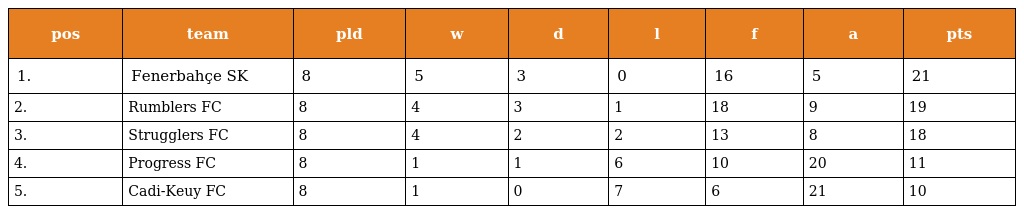
| pos | team | pld | w | d | l | f | a | pts |
 | --- | --- | --- | --- | --- | --- | --- | --- | --- |
 | 1. | Fenerbahçe SK | 8 | 5 | 3 | 0 | 16 | 5 | 21 |
 | 2. | Rumblers FC | 8 | 4 | 3 | 1 | 18 | 9 | 19 |
 | 3. | Strugglers FC | 8 | 4 | 2 | 2 | 13 | 8 | 18 |
 | 4. | Progress FC | 8 | 1 | 1 | 6 | 10 | 20 | 11 |
 | 5. | Cadi-Keuy FC | 8 | 1 | 0 | 7 | 6 | 21 | 10 |